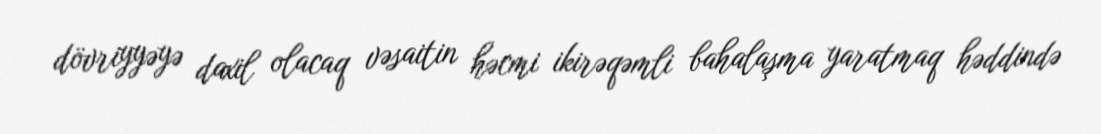
dövriyyəyə daxil olacaq vəsaitin həcmi ikirəqəmli bahalaşma yaratmaq həddində